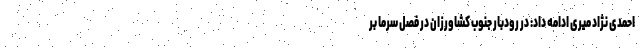
احمدی نژاد میری ادامه داد: در رودبار جنوب کشاورزان در فصل سرما بر